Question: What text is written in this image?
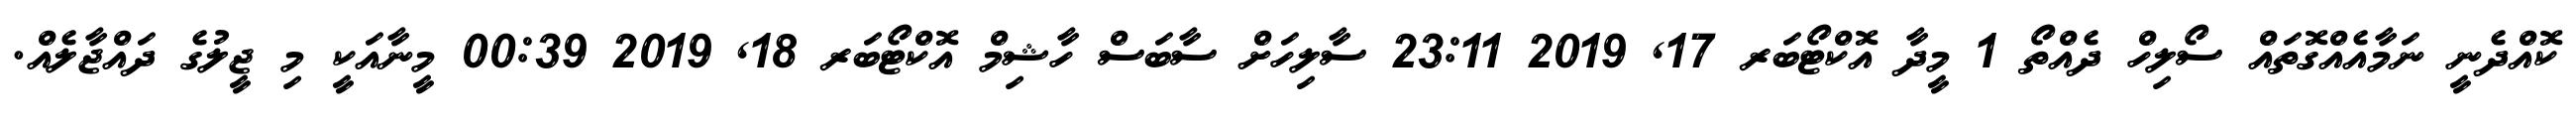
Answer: ކޮއްދެނީ ނަމާއެއްގޮތައް ސޯލިހް ދެއްތޯ 1 މީދާ އޮކްޓޯބަރ 17, 2019 23:11 ސާލިހަށް ސާބަސް ހާޝިމް އޮކްޓޯބަރ 18, 2019 00:39 މީނާއަކީ މި ޖީލުގެ ދައްޖާލެއް.